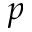
p